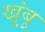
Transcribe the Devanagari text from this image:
खूंबू